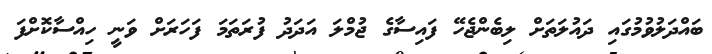
ބައްދަލުވުމުގައި ދައުލަތަށް ލިބެންޖެހޭ ފައިސާގެ ޖުމްލަ އަދަދު ފުރަތަމަ ފަހަރަށް ވަނީ ހިއްސާކޮށްފަ